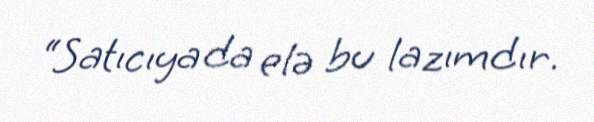
“Satıcıya da elə bu lazımdır.